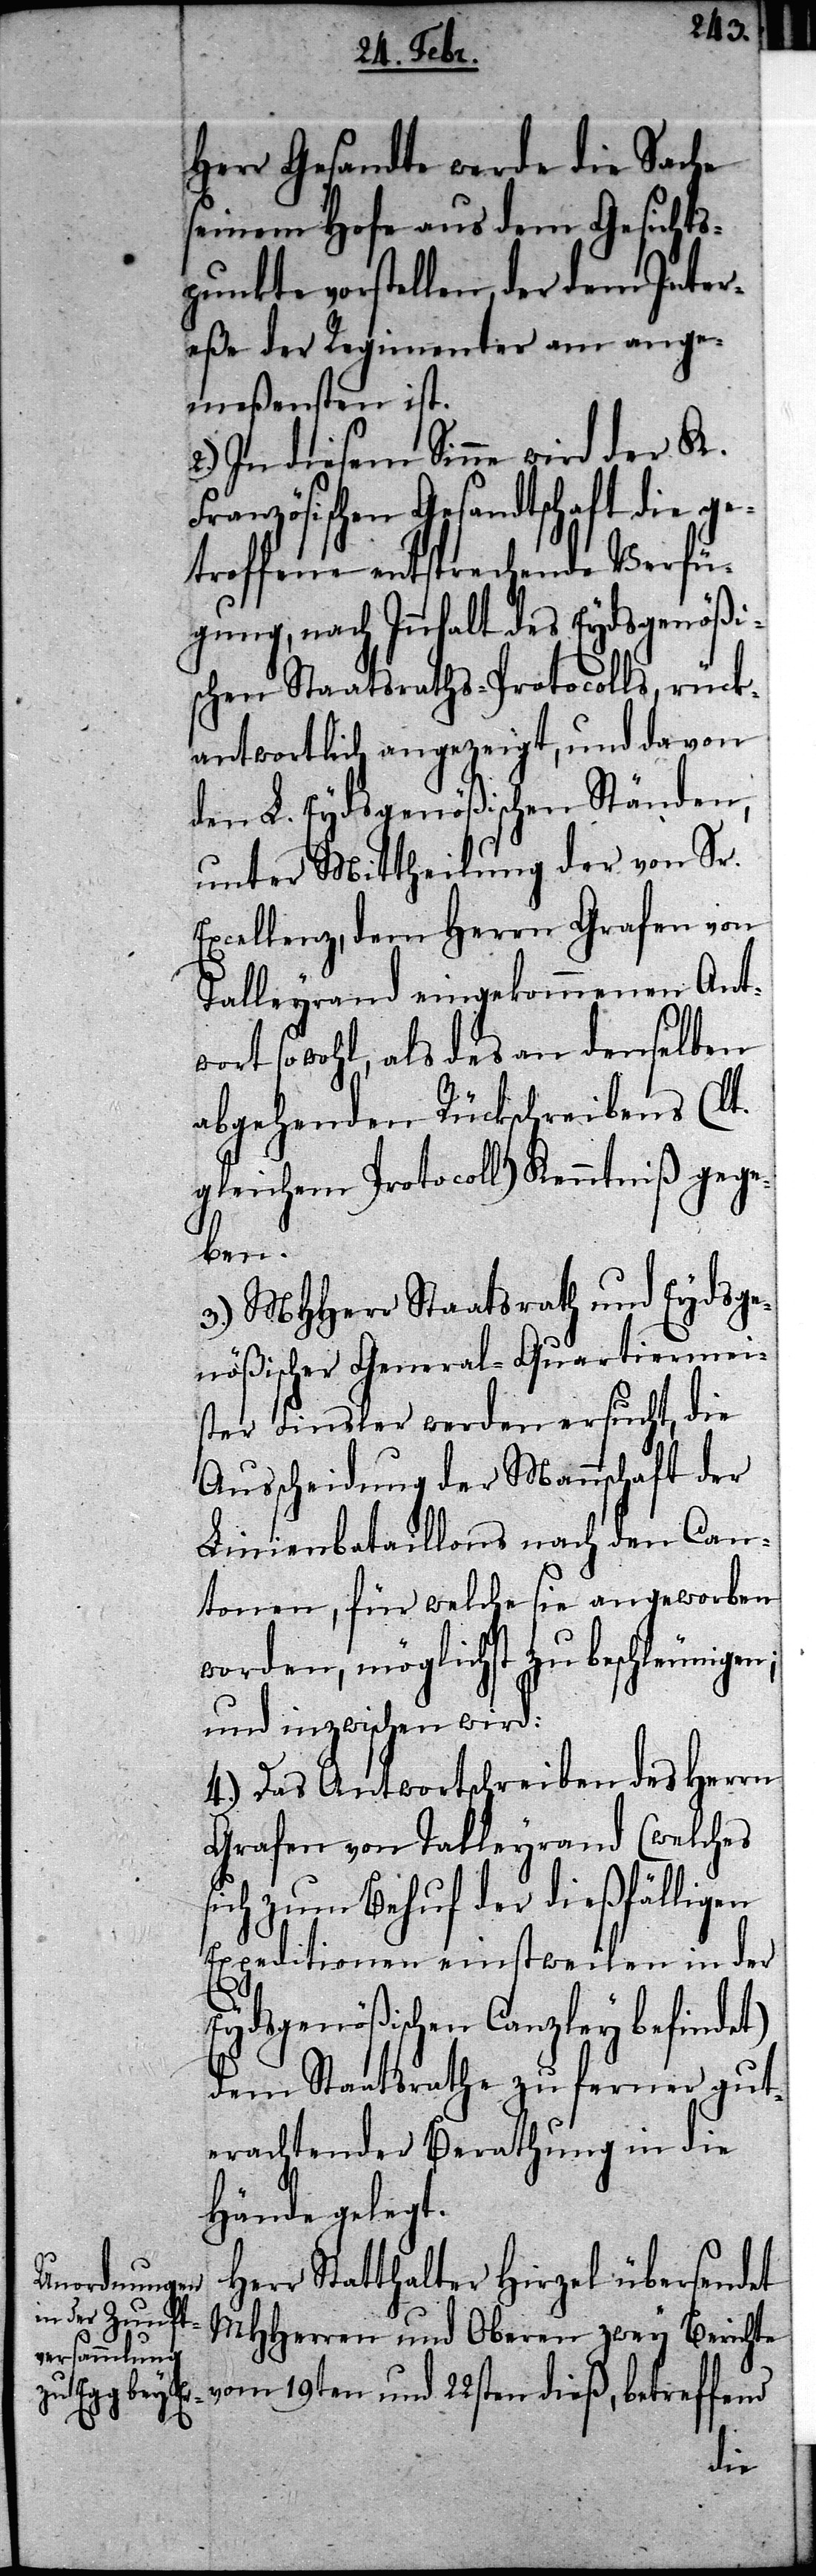
Herr Gesandte werde die Sache
seinem Hofe aus dem Gesichts¬
punkte vorstellen, der dem Inter¬
eße der Regimenter am ange¬
meßensten ist.
2.) In diesem Sinne wird der K.
Französischen Gesandtschaft die ge¬
troffene entsprechende Verfü¬
gung, nach Innhalt des Eydsgenößi¬
schen Staatsraths-Protocolls, rück¬
antwortlich angezeigt, und da von
den L. Eydsgenößischen Ständen,
unter Mittheilung der von Sr.
Excellenz, dem Herrn Grafen von
Talleyrand eingekommenen Ant¬
wort sowohl, als des an denselben
abgehenden Rückschreibens (lt.
gleichem Protocoll) Kenntniß gege¬
gen;
3.) MHHerr Staatsrath und Eydge¬
nößischer General-Quartiermei¬
ster Finsler werden ersucht, die
Ausscheidung der Mannschaft der
Linienbataillons nach den Can¬
tonen, für welche sie angeworben
worden, möglichst zu beschleuni¬
und inzwischen wird:
4.) Das Antwortschreiben des Herrn
Grafen von Talleyrand (welches
sich zum Behuf der dießfälligen
Expeditionen einstweilen in der
Eydsgenößischen Canzley
dem Staatsrathe zu ferner gut¬
erachtender Berathung in die
Hände gelegt.
Herr Statthalter Hirzel übersendet
MHHerren und Oberen zwey Bericht¬
e vom 19ten und 22sten dieß, betreffend